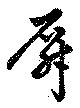
屏